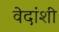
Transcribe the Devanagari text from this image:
वेदांशी